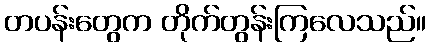
တပန်းတွေက တိုက်တွန်းကြလေသည်။